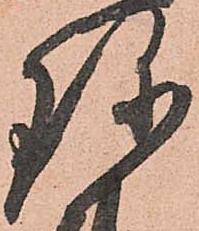
珍